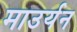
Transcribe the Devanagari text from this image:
माउर्यन